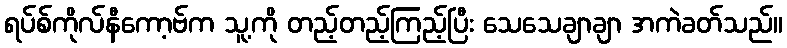
ရပ်စ်ကိုလ်နီကော့ဗ်က သူ့ကို တည့်တည့်ကြည့်ပြီး သေသေချာချာ အကဲခတ်သည်။